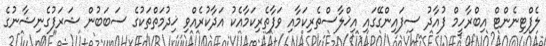
ލެފްޓިނެންޓް އިބްރާހީމް ފުއާދު ސިފައިންގޭގައި އިޚްލާސްތެރިކަމާއި ވަފާތެރިކަމާއެކު އަދާކުރެއްވި ޚިދުމަތްތަކުގެ ސަބަބުން ޝަރަފުގެނިޝާނުގެ